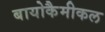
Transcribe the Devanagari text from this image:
बायोकैमीकल